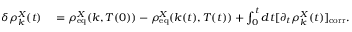
\begin{array} { r l } { \delta \rho _ { k } ^ { X } ( t ) } & { { } = \rho _ { \mathrm { e q } } ^ { X } ( k , T ( 0 ) ) - \rho _ { \mathrm { e q } } ^ { X } ( k ( t ) , T ( t ) ) + \int _ { 0 } ^ { t } d t [ \partial _ { t } \rho _ { k } ^ { X } ( t ) ] _ { \mathrm { c o r r } } . } \end{array}